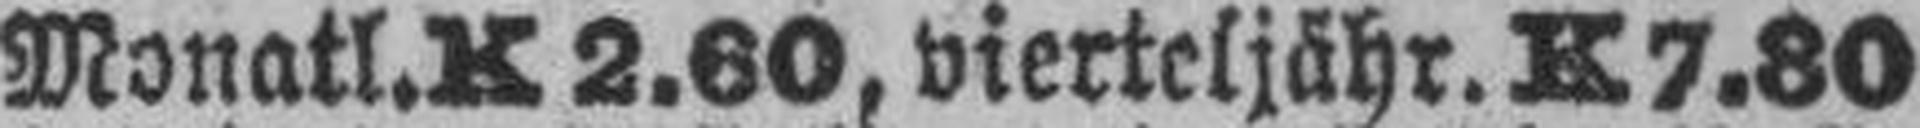
Monatl.K 2.60. vierteljähr. K 7.80